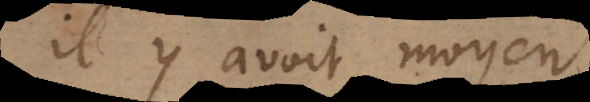
il y avoit moyen